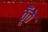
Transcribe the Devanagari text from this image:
ठूँठे